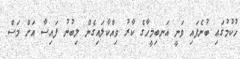
ހުކުމުގައި ބުނެފައި ވަނީ އަނބިމީހާގެ ކާރު ވިއްކާލައިގެން ލިބުނު ފައިސާ އަށް މަސް